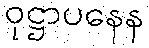
ဝုဋ္ဌာပနေန